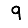
Digit: 9